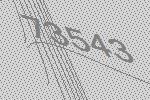
73543